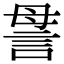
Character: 𧦥